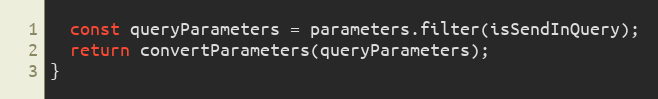
Language: JavaScript
  const queryParameters = parameters.filter(isSendInQuery);
  return convertParameters(queryParameters);
}